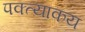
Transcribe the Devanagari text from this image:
पक्त्याकय